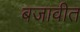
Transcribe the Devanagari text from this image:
बजावीत